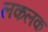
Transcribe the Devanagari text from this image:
लकलक